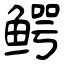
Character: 鳄